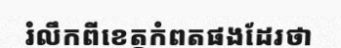
រំលឹកពីខេត្តកំពតផងដែរថា